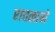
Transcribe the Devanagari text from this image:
रावळाने